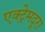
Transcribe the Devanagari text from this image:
एक्ट्रेमदूरा